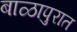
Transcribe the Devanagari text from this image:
बाळापुरात